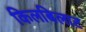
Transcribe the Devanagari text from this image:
किलबिलाट